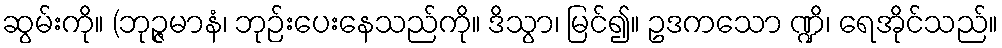
ဆွမ်းကို။ (ဘုဉ္ဇမာနံ၊ ဘုဉ်းပေးနေသည်ကို။ ဒိသွာ၊ မြင်၍။ ဥဒကသော ဏ္ဍိ၊ ရေအိုင်သည်။